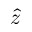
\hat { z }